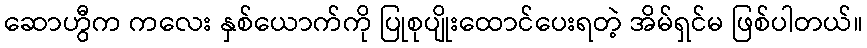
ဆောဟွီက ကလေး နှစ်ယောက်ကို ပြုစုပျိုးထောင်ပေးရတဲ့ အိမ်ရှင်မ ဖြစ်ပါတယ်။